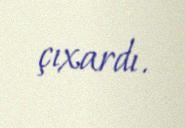
çıxardı.